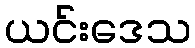
ယင်းဒေသ